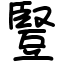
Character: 豎